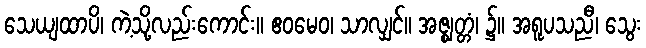
သေယျထာပိ၊ ကဲ့သို့လည်းကောင်း။ ဧဝမေဝ၊ သာလျှင်။ အဇ္ဈတ္တံ၊ ၌။ အရူပသညီ၊ သွေး